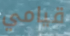
قيامي